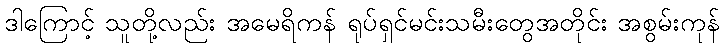
ဒါကြောင့် သူတို့လည်း အမေရိကန် ရုပ်ရှင်မင်းသမီးတွေအတိုင်း အစွမ်းကုန်